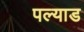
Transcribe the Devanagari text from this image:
पल्याड